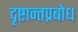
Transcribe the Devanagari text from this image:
दृष्टान्तप्रबोध